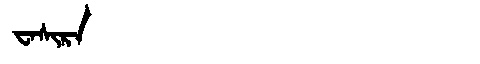
Manchu: ᠸᠠᠰᡳᡵᠠ
Romanization: WASIRA